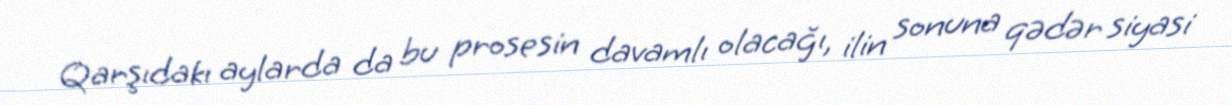
Qarşıdakı aylarda da bu prosesin davamlı olacağı, ilin sonuna qədər siyasi